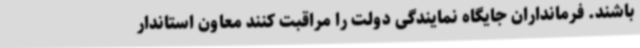
باشند. فرمانداران جایگاه نمایندگی دولت را مراقبت کنند معاون استاندار